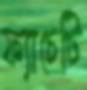
ফ্যাচেটি